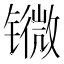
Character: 𨱖